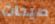
صيحات